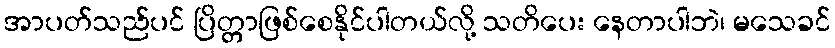
အာပတ်သည်ပင် ပြိတ္တာဖြစ်စေနိုင်ပါတယ်လို့ သတိပေး နေတာပါဘဲ၊ မသေခင်